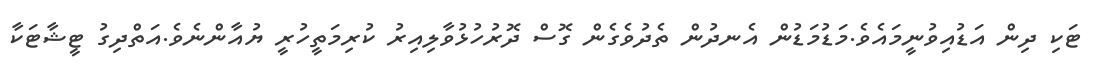
ޓަކި ދިން އަޑުއިވުނީމައެވެ.މަޑުމަޑުން އެނދުން ތެދުވެގެން ގޮސް ދޮރުހުޅުވާލިއިރު ކުރިމަތީހުރީ ޔުއާންނެވެ.އަތްދިގު ޓީޝާޓަކާ